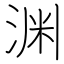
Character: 渊